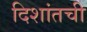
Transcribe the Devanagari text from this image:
दिशांतची